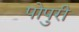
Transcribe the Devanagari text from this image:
पोपुरी